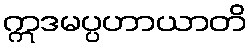
ဣဒမပ္ပဟာယာတိ